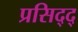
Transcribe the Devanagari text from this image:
प्रसिद्द्